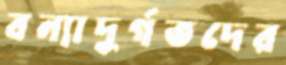
বন্যাদুর্গতদের